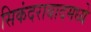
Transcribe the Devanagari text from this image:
सिकंदराबादमध्ये